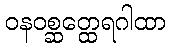
ဝနဝစ္ဆတ္ထေရဂါထာ